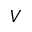
V